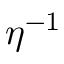
\eta ^ { - 1 }